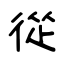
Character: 從